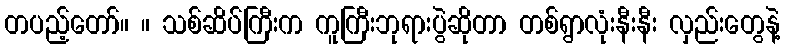
တပည့်တော်။ ။ သစ်ဆိပ်ကြီးက ကူကြီးဘုရားပွဲဆိုတာ တစ်ရွာလုံးနီးနီး လှည်းတွေနဲ့